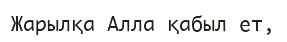
Жарылқа Алла қабыл ет,